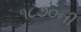
૧૮૭૦ની